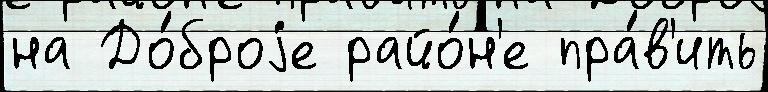
на До́броjе райо́н'е пра́в'ить